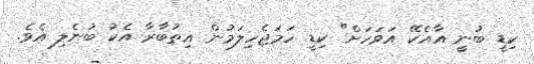
ކިޑީ ބުނީ އާއެކޭ އަވަހަށް" ކިޑީ ހަމަޖެހިލަމުން އިތުބާރާ އެކު ބުނެލި އެވެ.